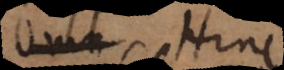
Omn Hinc